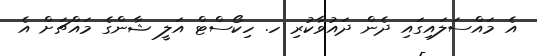
އެ މައްސަލައިގައި ދެން ދައުވާކުރި ހ. ހިކޯސްޓް އަލީ ޝާންގެ މައްޗަށް އެ